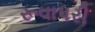
રૂવાપરી